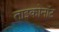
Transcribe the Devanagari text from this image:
ताइकोनॉट